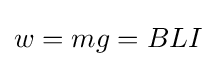
w=mg=BLI